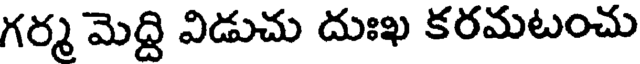
గర్మ మెద్ది విడుచు దుఃఖ కరమటంచు